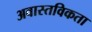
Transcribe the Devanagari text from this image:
अवास्तविकता